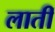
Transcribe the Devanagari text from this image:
लातीं